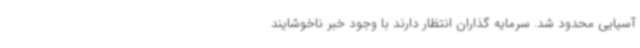
آسیایی محدود شد. سرمایه گذاران انتظار دارند با وجود خبر ناخوشایند